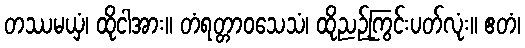
တဿမယှံ၊ ထိုငါအား။ တံရတ္တာဝသေသံ၊ ထိုညဉ့်ကြွင်းပတ်လုံး။ ဧတံ၊